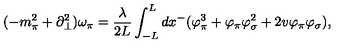
( - m _ { \pi } ^ { 2 } + \partial _ { \bot } ^ { 2 } ) \omega _ { \pi } = \frac { \lambda } { 2 L } \int _ { - L } ^ { L } d x ^ { - } ( \varphi _ { \pi } ^ { 3 } + \varphi _ { \pi } \varphi _ { \sigma } ^ { 2 } + 2 v \varphi _ { \pi } \varphi _ { \sigma } ) ,